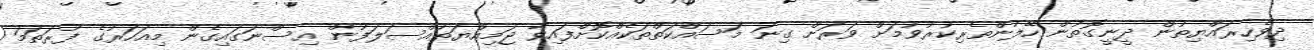
ދިވެހިރައްޔިތުން ދީނީގޮތުން ހޭލުންތެރިކުރުވުމަށް ވަރަށް ގިނަ މަސައްކަތްތަކެއްކޮށްފައިވާ ޖަމިއްޔަތުއްސަލަފުން އިސްނަގައިގެން މިއަހަރުގެ ފުރަތަމަ